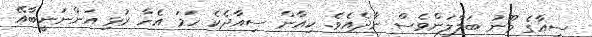
ސިއާގެ މޫނު ބަލާލަންވެސް ނާދެއެވެ. ކިއާން ސިއާދެކެ ހަމަ އެހާ ރުޅި އަންނަނީބާއޭ